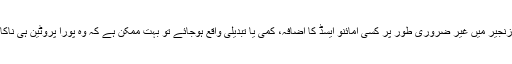
لیکن اگر پروٹینی زنجیر میں غیر ضروری طور پر کسی امائنو ایسڈ کا اضافہ، کمی یا تبدیلی واقع ہوجائے تو بہت ممکن ہے کہ وہ پورا پروٹین ہی ناکارہ ہوکر رہ جائے۔